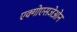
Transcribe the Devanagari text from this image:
एक्गोएसजेओन